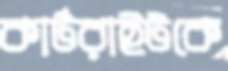
কার্টরাইটকে